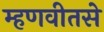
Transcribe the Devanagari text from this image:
म्हणवीतसे